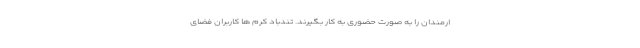
ارمندان را به صورت حضوری به کار بگیرند. تندباد کرم ها کاربران فضای